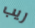
ريب